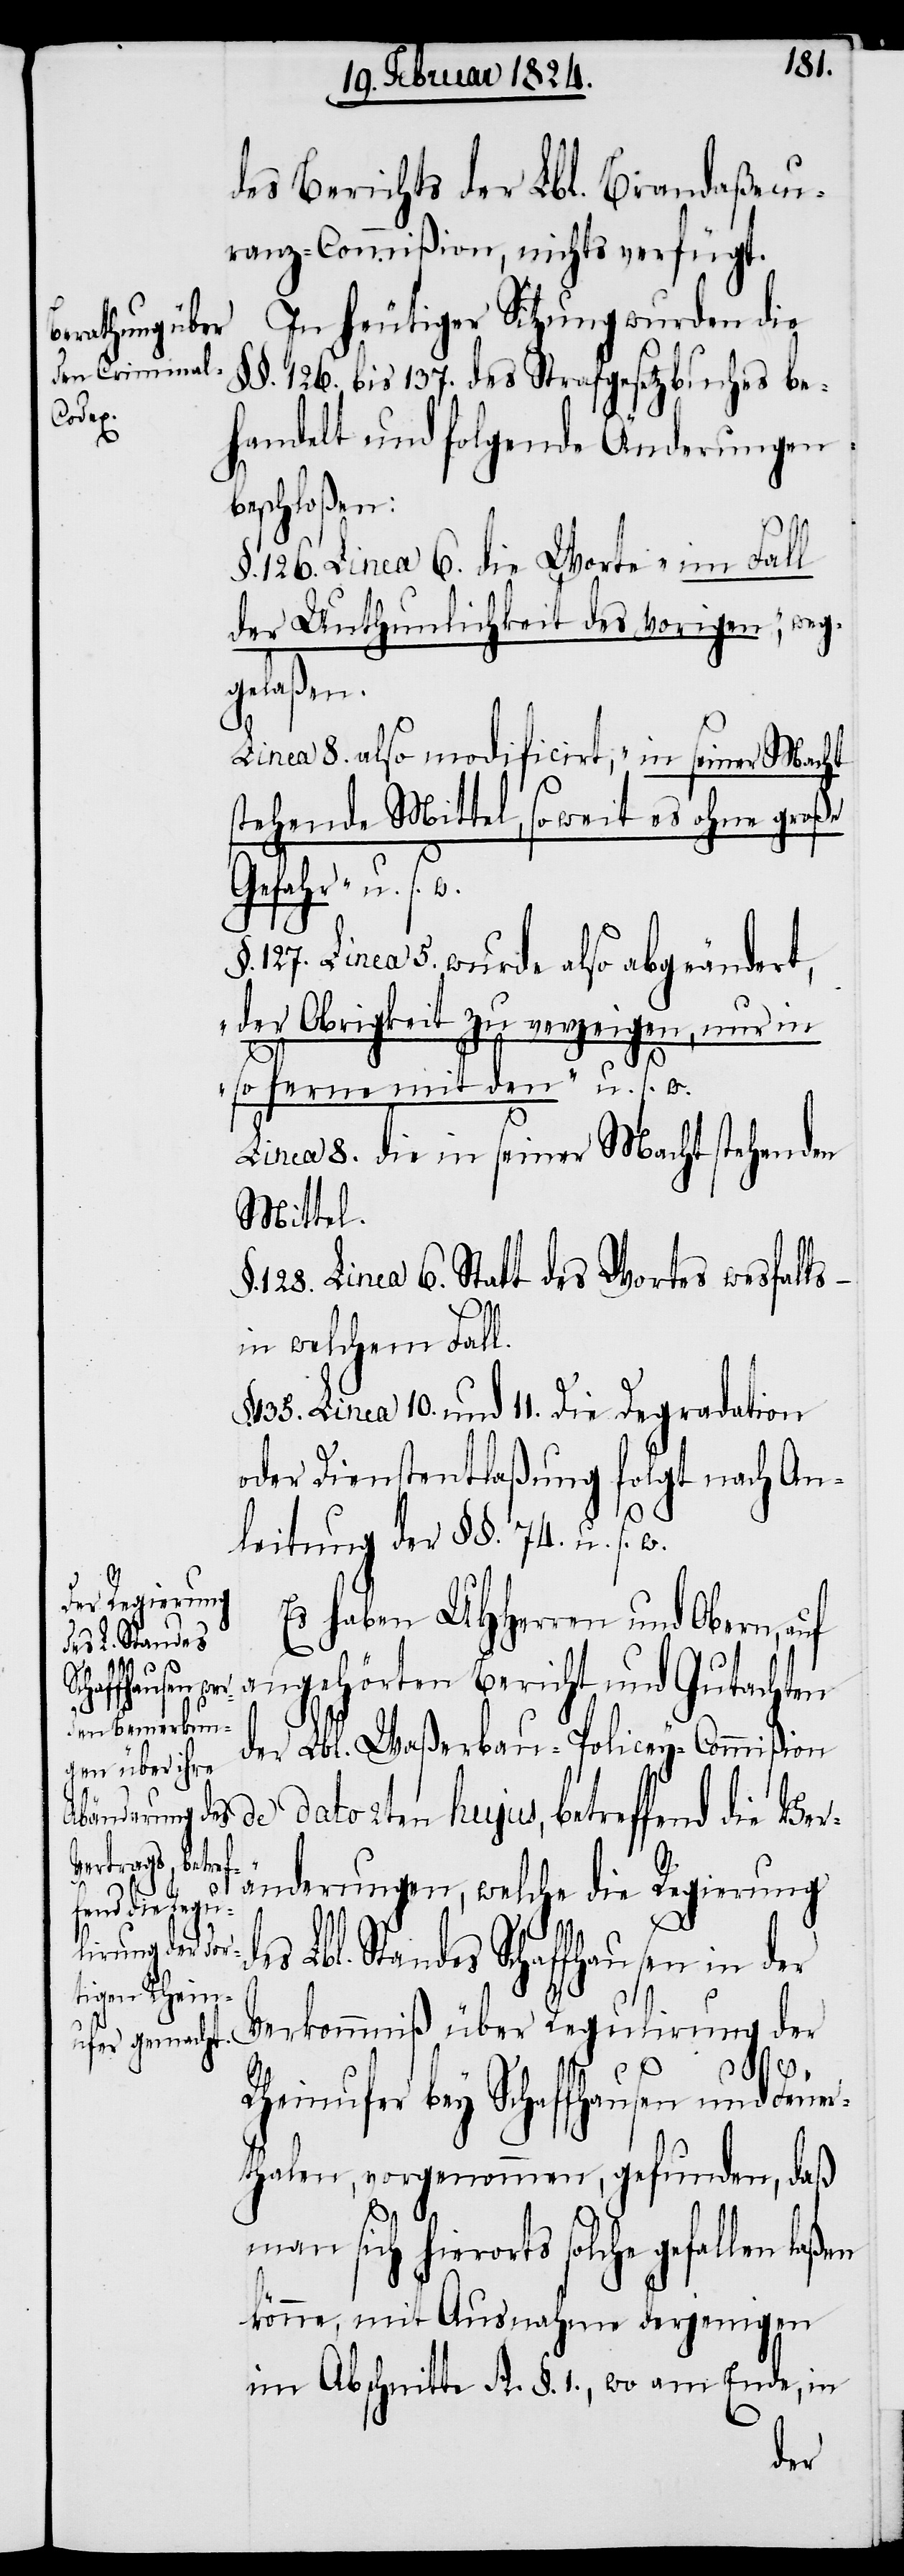
des Berichts der Lbl. Brandaßecu¬
ranz-Commißion, nichts verfügt.
In heutiger Sitzung wurden die
§§. 126. bis 137. des Strafgesetzbuches be¬
betref¬
handelt und folgende Änderungen
beschloßen:
§. 126. Linea 6. die Worte „im Fall
der Unthunlichkeit des vorigen“, weg¬
gelaßen.
Linea 8. also modificirt, „in seiner Macht
stehende Mittel, so weit es ohne große
Gefahr“ u. s.
127. Linea 5. wurde also abgeändert,
„der Obrigkeit zu verzeigen, nur in
so ferne mit den“ u. s. w.
Linea 8. die in seiner Macht stehenden
Mittel.
§. 128. Linea 6. Statt des Wortes wesfalls
in welchem Fall.
135. Linea 10. und 11. Die Degradation
oder Dienstentlaßung folgt nach An¬
leitung der §§. 74. u s. w.
über Regulirung
Es haben UHHerren und Obern, auf
angehörten Bericht und Gutachten
der Lbl. Waßerbau-Policey-Commißion
änderungen, welche die Regierung
fend die Ver¬
s Lbl. Standes Schaffhausen in der
2ten
Rheinufer bey Schaffhausen und Feuer¬
thalen, vorgenommen, gefunden, daß
man sich hierorts solche gefallen
könne, mit Ausnahme derjenigen
im Abschnitte A. §. 1., wo am Ende, in
der